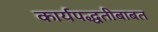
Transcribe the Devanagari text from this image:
कार्यपद्धतीबाबत